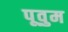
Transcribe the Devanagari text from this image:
पूवुम